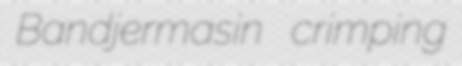
Bandjermasin crimping